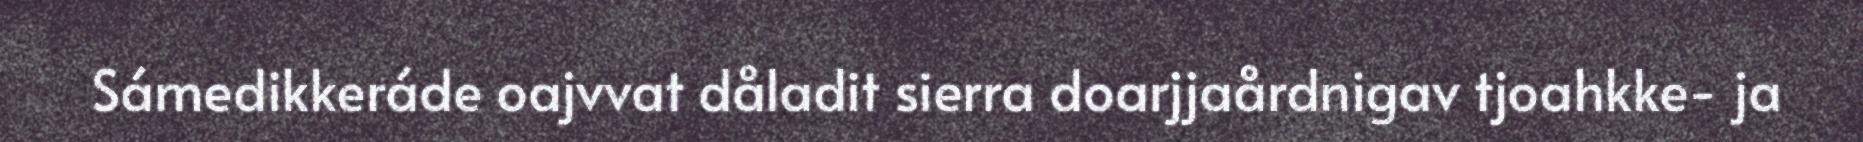
Sámedikkeráde oajvvat dåladit sierra doarjjaårdnigav tjoahkke- ja